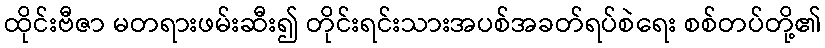
ထိုင်းဗီဇာ မတရားဖမ်းဆီး၍ တိုင်းရင်းသားအပစ်အခတ်ရပ်စဲရေး စစ်တပ်တို့၏